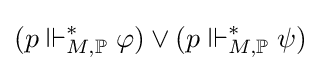
(p\Vdash _{M,\mathbb {P} }^{*}\varphi )\vee (p\Vdash _{M,\mathbb {P} }^{*}\psi )